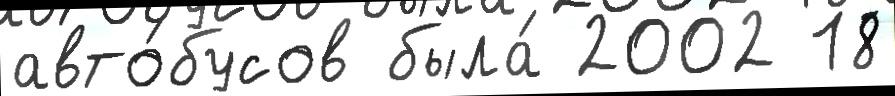
авто́бусов была́ 2002 18